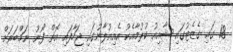
18 ގައި ގެޒެޓުގައި ޝާއިއު ކުރުމާއެކު އެއިއުލާނުގައި ޖަހާފައި އޮތް ފޯނު ނަމްބަރަށް